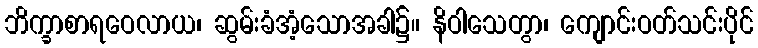
ဘိက္ခာစာရဝေလာယ၊ ဆွမ်းခံအံ့သောအခါ၌။ နိဝါသေတွာ၊ ကျောင်းဝတ်သင်းပိုင်